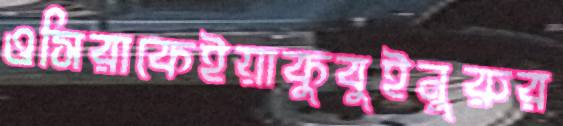
ওসিরাকেইয়াকুবুইনুরুর